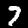
Label: 7